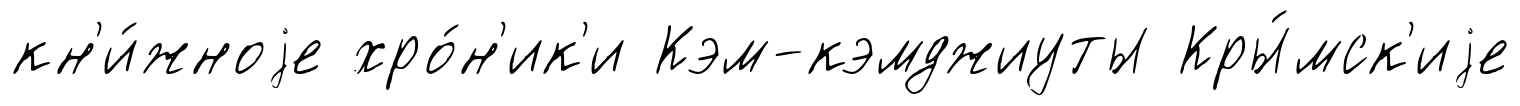
кн'и́жноjе хро́н'ик'и Кэм-кэмджиуты Кры́мск'иjе